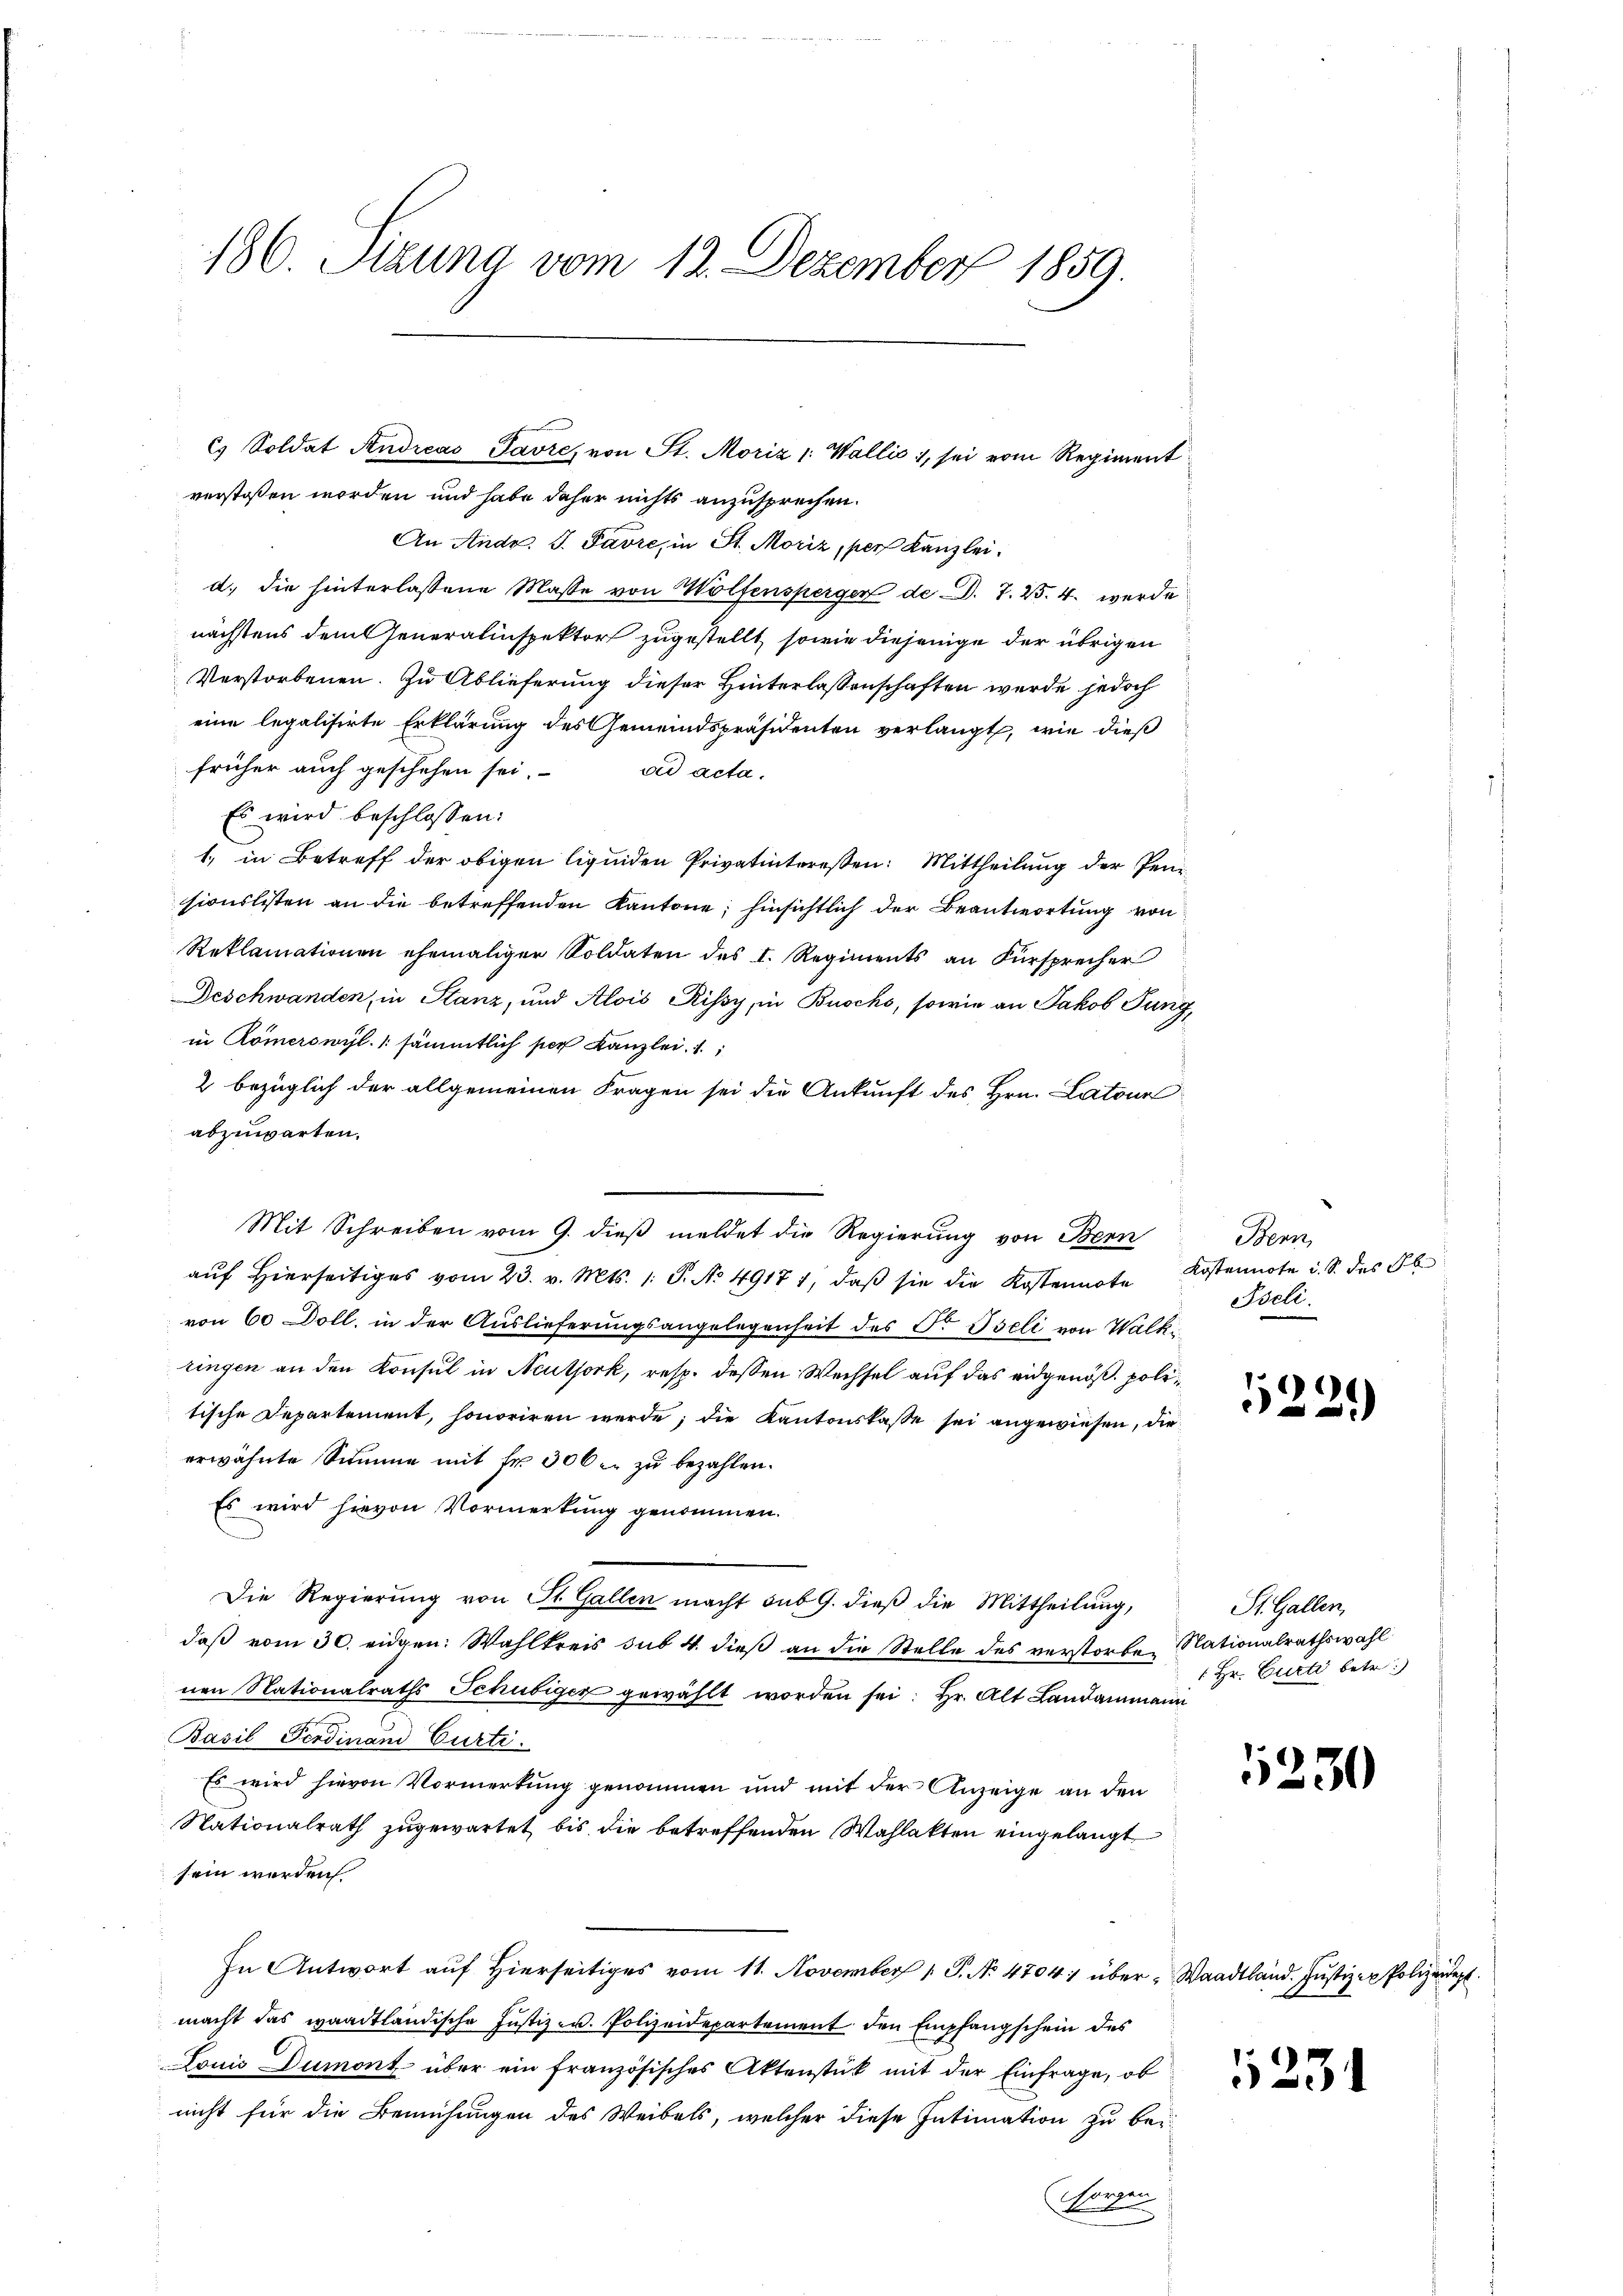
186. Sitzung vom 12. Dezember 1859.

cs Soldat Andreas Favre, von St. Moriz 1: Wallis, sei vom Regiment
verstoßen worden und habe daher nichts anzusprechen.

An Andr. J. Favre, in St. Moriz, per Kanzlei.
d.) die hinterlassene Masse von Wolfensperger de d. 7. 25. 4. werde
nächstens dem Generalinspektor zugestellt, sowie diejenige der übrigen
Verstorbenen. Zu Ablieferung dieser Hinterlassenschaften werde jedoch
eine legalisirte Erklärung des Gemeindspräsidenten verlangt, wie dieß
früher auch geschehen sei. ad acta.
Es wird beschlossen:
1. in Betreff der obigen liquiden Privatinteressen: Mittheilung der Peni
sionslisten an die betreffenden Kantone; hinsichtlich der Beantwortung von
Reklamationen ehemaliger Soldaten des I. Regiments an Fürsprecher
Geschwanden, in Stanz, und Alois Rissy, in Buochs, sowie an Jakob Tung,
in Römerswyl /: sämmtlich per Kanzlei. 1;
2 bezüglich der allgemeinen Fragen sei die Ankunft des Hrn. Latour
abzuwarten.
Mit Schreiben vom 9. dieß meldet die Regierung von Bern Bern,
aŭf hierseitiges vom 23. v. Mts. 1. S. No 4917 1, daβ sie die Kostennate Kostennote u. S. des Ob
von 60 Doll, in der Auslieferungsangelegenheit des Dr. Iseli von Walki
ringen an den Konsul in Neuthork, resp. dessen Wechsel auf das eidgenöß politische Departement, honoriren werde; die Kantonskasse sei angewiesen, die
erwähnte Summe mit Fr. 306 u. zu bezahlen.
Es wird hievon Vormerkung genommen.
Die Regierung von St. Gallen macht sub 9. dieß die Mittheilung,
daß vom 30. eidgen: Wahlkreis sub. 4. dieß an die Stelle des verstorbe Nationalrathswahl
nen Nationalraths Schubiger gewählt worden sei: Hr. Alt Landammann
Basil Ferdinand Curti.
Es wird hievon Vormerkung genommen und mit der Anzeige an den
Nationalrath zugewartet bis die betreffenden Wahlakten eingelangt
sein werden
In Antwort auf Hierseitiges vom 11. November 1 S. No 4704) über-Waadtland. Justiz - Polizeidep
macht das waadtländische Justiz- u. Polizeidepartement den Empfangschein des
Lonis Dumont über ein französisches Aktenstück mit der Einfrage, ob
nicht für die Bemühungen des Weibels, welcher diese Intimation zu bei
sorgen

Iseli.

159
21)

St. Gallen,
 Hr. Curti betr.

1230

1231